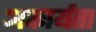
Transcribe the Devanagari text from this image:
अकार्यता